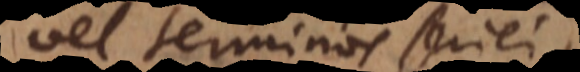
vel terminos seriei,